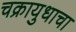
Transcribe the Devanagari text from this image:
चक्रायुधाचा